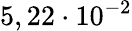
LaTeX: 5,22\cdot 10^{-2}